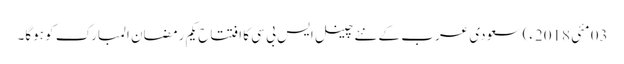
03 مئی2018ء) سعودی عرب کے نئے چینل ایس بی سی کا افتتاح یکم رمضان المبارک کو ہوگا۔